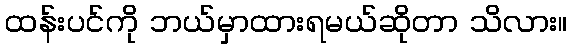
ထန်းပင်ကို ဘယ်မှာထားရမယ်ဆိုတာ သိလား။